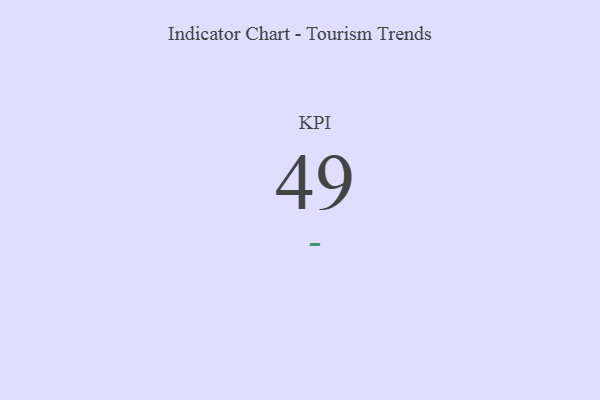
{"axis": {"x": "KPI", "y": "Value"}, "legend": [""], "data": [{"x": "KPI", "y": 49, "type": ""}]}